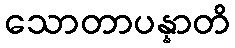
သောတာပန္နာတိ